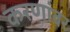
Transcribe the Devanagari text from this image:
करणांवर